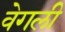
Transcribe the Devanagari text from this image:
वेगली